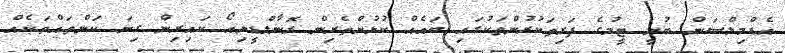
އެޑްމިލްސަން ބުނީ ޓީމުގެ ފަރިތަކުރުންތަކުގައި ބައެއް ކުޅުންތެރިން ރޮނާލްޑީނިއޯ ކައިރިން ގިނަ ކަންތައްތަކެއް